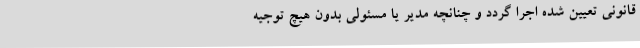
قانونی تعیین شده اجرا گردد و چنانچه مدیر یا مسئولی بدون هیچ توجیه